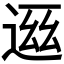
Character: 𬨧